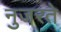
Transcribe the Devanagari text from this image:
नुजरते